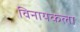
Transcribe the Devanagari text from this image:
विनायकला